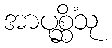
အာပုစ္ဆိံသု